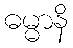
ဓမ္မာနိ